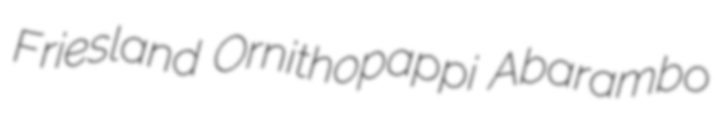
Friesland Ornithopappi Abarambo